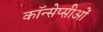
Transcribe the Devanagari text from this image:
कॉन्सेप्सीओं